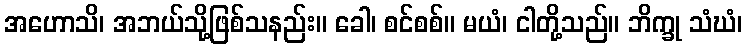
အဟောသိ၊ အဘယ်သို့ဖြစ်သနည်း။ ခေါ၊ စင်စစ်။ မယံ၊ ငါတို့သည်။ ဘိက္ခု သံဃံ၊